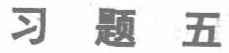
习题五